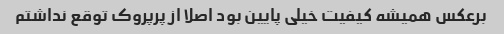
برعکس همیشه کیفیت خیلی پایین بود اصلا از پرپروک توقع نداشتم